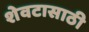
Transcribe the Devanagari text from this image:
शेवटासाठी